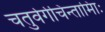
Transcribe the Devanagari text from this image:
चतुर्वर्गचिन्तामािः